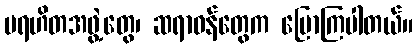
ပရဟိတအဖွဲ့တွေ၊ ဆရာဝန်တွေက ပြောကြပါတယ်။